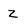
Character: Z